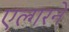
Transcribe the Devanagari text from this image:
एल्गरने